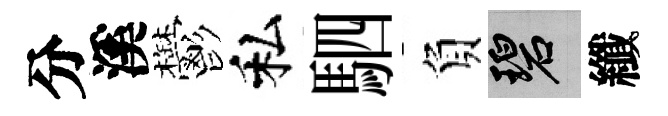
分溪鬱私駟負碧纖